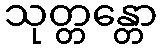
သုတ္တန္တော